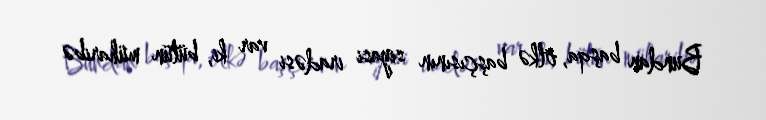
Bundan başqa, ölkə başçısının siyasi iradəsi var ki, bütün müharibə